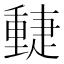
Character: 𨤴